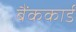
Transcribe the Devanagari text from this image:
बैंककार्ड